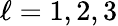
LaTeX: \ell=1,2,3